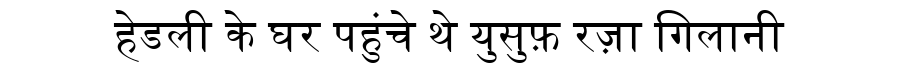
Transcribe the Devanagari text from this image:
हेडली के घर पहुंचे थे युसुफ़ रज़ा गिलानी